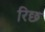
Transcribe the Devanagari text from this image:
रिछ